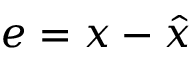
e = x - { \hat { x } }